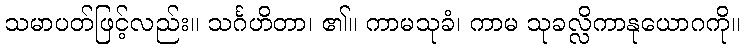
သမာပတ်ဖြင့်လည်း။ သင်္ဂဟိတာ၊ ၏။ ကာမသုခံ၊ ကာမ သုခလ္လိကာနုယောဂကို။